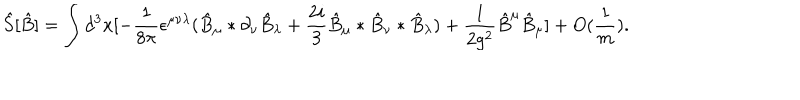
\hat { S } [ \hat { B } ] = \int d ^ { 3 } x [ - \frac { 1 } { 8 \pi } \epsilon ^ { \mu \nu \lambda } ( \hat { B } _ { \mu } * \partial _ { \nu } \hat { B } _ { \lambda } + \frac { 2 i } { 3 } \hat { B } _ { \mu } * \hat { B } _ { \nu } * \hat { B } _ { \lambda } ) + \frac { 1 } { 2 g ^ { 2 } } \hat { B } ^ { \mu } \hat { B } _ { \mu } ] + O ( \frac { 1 } { m } ) .